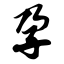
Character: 孕